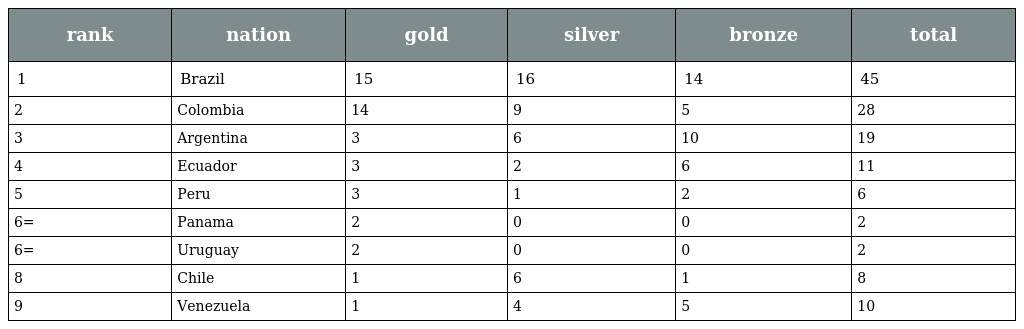
| rank | nation | gold | silver | bronze | total |
 | --- | --- | --- | --- | --- | --- |
 | 1 | Brazil | 15 | 16 | 14 | 45 |
 | 2 | Colombia | 14 | 9 | 5 | 28 |
 | 3 | Argentina | 3 | 6 | 10 | 19 |
 | 4 | Ecuador | 3 | 2 | 6 | 11 |
 | 5 | Peru | 3 | 1 | 2 | 6 |
 | 6= | Panama | 2 | 0 | 0 | 2 |
 | 6= | Uruguay | 2 | 0 | 0 | 2 |
 | 8 | Chile | 1 | 6 | 1 | 8 |
 | 9 | Venezuela | 1 | 4 | 5 | 10 |